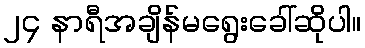
၂၄ နာရီအချိန်မရွေးခေါ်ဆိုပါ။